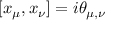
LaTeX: [ x _ { \mu } , x _ { \nu } ] = i \theta _ { \mu , \nu }